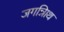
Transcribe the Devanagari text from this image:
जगन्नािथ